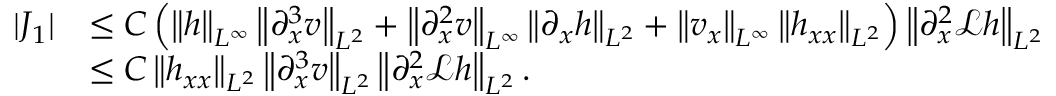
\begin{array} { r l } { | J _ { 1 } | } & { \leq C \left( \left\| h \right\| _ { L ^ { \infty } } \left\| \partial _ { x } ^ { 3 } v \right\| _ { L ^ { 2 } } + \left\| \partial _ { x } ^ { 2 } v \right\| _ { L ^ { \infty } } \left\| \partial _ { x } h \right\| _ { L ^ { 2 } } + \left\| v _ { x } \right\| _ { L ^ { \infty } } \left\| h _ { x x } \right\| _ { L ^ { 2 } } \right) \left\| \partial _ { x } ^ { 2 } \mathscr { L } h \right\| _ { L ^ { 2 } } } \\ & { \leq C \left\| h _ { x x } \right\| _ { L ^ { 2 } } \left\| \partial _ { x } ^ { 3 } v \right\| _ { L ^ { 2 } } \left\| \partial _ { x } ^ { 2 } \mathscr { L } h \right\| _ { L ^ { 2 } } . } \end{array}